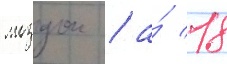
моздок / а́ 18